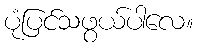
ပုံပြင်သဖွယ်ပါလေ။